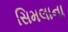
સિમલાના